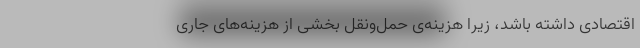
اقتصادی داشته باشد، زیرا هزینه‌ی حمل‌و‌نقل بخشی از هزینه‌های جاری